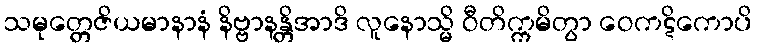
သမုတ္တေဇိယမာနာနံ နိဗ္ဗာနန္တိအာဒိ လူနောသ္မိ ဝီတိက္ကမိတွာ ဝေကဋိကောပိ